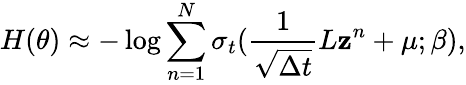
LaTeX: H(\theta)\approx-\log\sum_{n=1}^{N}\sigma_{t}(\frac{1}{\sqrt{\Delta t}}L\mathbf{z}^{n}+\mu;\beta),